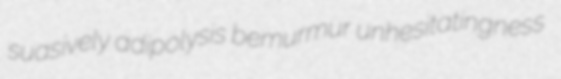
suasively adipolysis bemurmur unhesitatingness